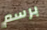
برسم